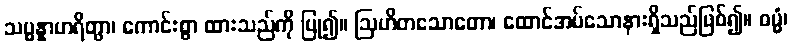
သမ္မန္နာဟရိတွာ၊ ကောင်းစွာ ထားသည်ကို ပြု၍။ ဩဟိတသောတော၊ ထောင်အပ်သောနားရှိသည်ဖြစ်၍။ ဓမ္မံ၊